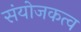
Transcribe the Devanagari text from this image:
संयोजकत्व